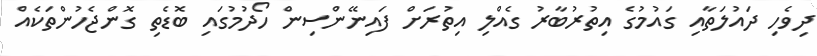
ދިވެހި ދައުލަތާއި ގައުމުގެ އިތުރުބާރު ގެއްލި އިތުރަށް ފައިނޭންސިން ހޯދުމުގައި ބޮޑެތި ގޮންޖެހުންތަކެއް